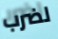
لضرب